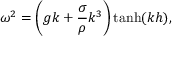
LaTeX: \omega ^ { 2 } = \left( g k + { \frac { \sigma } { \rho } } k ^ { 3 } \right) \operatorname { t a n h } ( k h ) ,